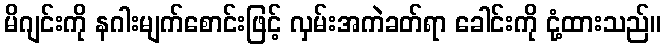
မိဂျင်းကို နဂါးမျက်စောင်းဖြင့် လှမ်းအကဲခတ်ရာ ခေါင်းကို ငုံ့ထားသည်။